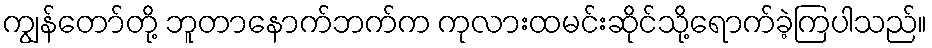
ကျွန်တော်တို့ ဘူတာနောက်ဘက်က ကုလားထမင်းဆိုင်သို့ရောက်ခဲ့ကြပါသည်။